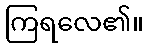
ကြရလေ၏။